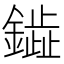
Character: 𫓋